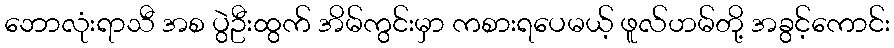
ဘောလုံးရာသီ အစ ပွဲဦးထွက် အိမ်ကွင်းမှာ ကစားရပေမယ့် ဖူလ်ဟမ်တို့ အခွင့်ကောင်း